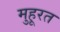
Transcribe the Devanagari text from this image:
मुहूरत